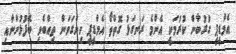
އެމްޑީޕީ ގުރުބާން ކުރުމަކީ އެންމެ ރަނގަޅު ގޮތްތޯ އެމްޑީޕީ ހިންގަވަން ތިއްބެވި ބޭފުޅުންނާއި